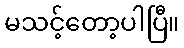
မသင့်တော့ပါပြီ။